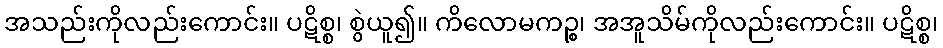
အသည်းကိုလည်းကောင်း။ ပဋိစ္စ၊ စွဲယူ၍။ ကိလောမကဉ္စ၊ အအူသိမ်ကိုလည်းကောင်း။ ပဋိစ္စ၊